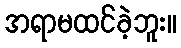
အရာမထင်ခဲ့ဘူး။